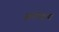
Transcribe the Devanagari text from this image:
आपरेशन्स